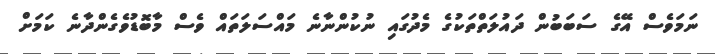
ނަމަވެސް އޭގެ ސަބަބުން ދައުލަތްތަކުގެ މެދުގައި ނުކުންނާނެ މައްސަލަތައް ވެސް މާބޮޑުވެގެންދާނެ ކަމަށް